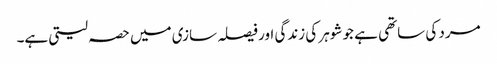
مرد کی ساتھی ہے جو شوہر کی زندگی اور فیصلہ سازی میں حصہ لیتی ہے۔